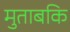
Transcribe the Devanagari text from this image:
मुताबकि